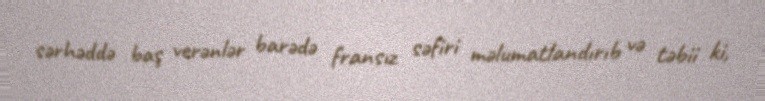
sərhəddə baş verənlər barədə fransız səfiri məlumatlandırıb və təbii ki,